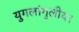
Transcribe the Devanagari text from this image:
युगलांगुलीय।